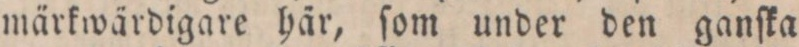
märkwärdigare här, ſom under den ganſka